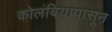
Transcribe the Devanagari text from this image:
कोलंबियापासून